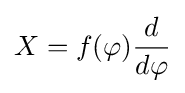
X=f(\varphi ){\frac {d}{d\varphi }}